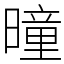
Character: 曈